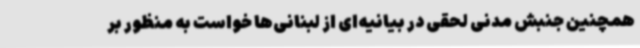
همچنین جنبش مدنی لحقی در بیانیه‌ای از لبنانی‌ها خواست به منظور بر